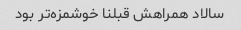
سالاد همراهش قبلنا خوشمزه‌تر بود